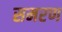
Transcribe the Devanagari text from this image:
समरण